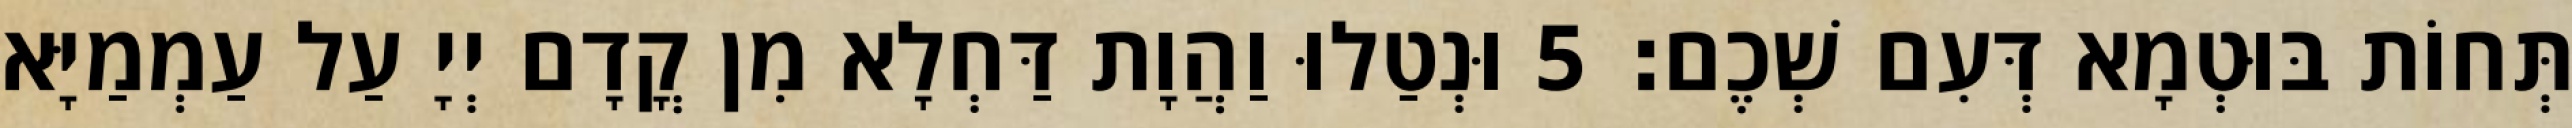
תְּחוֹת בּוּטְמָא דְּעִם שְׁכֶם׃ 5 וּנְטַלוּ וַהֲוָת דַּחְלָא מִן קֳדָם יְיָ עַל עַמְמַיָּא